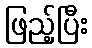
ဖြည့်ပြီး